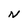
Character: N